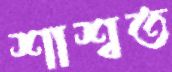
শাশ্বত